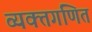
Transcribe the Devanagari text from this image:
व्यक्तगणित